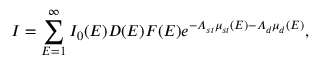
I = \sum _ { E = 1 } ^ { \infty } I _ { 0 } ( E ) D ( E ) F ( E ) e ^ { - A _ { s t } \mu _ { s t } ( E ) - A _ { d } \mu _ { d } ( E ) } ,